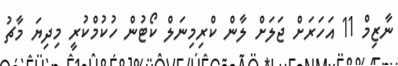
ނާޒިމް 11 އަހަރަށް ޖަލަށް ލާން ކްރިމިނަލް ކޯޓުން ހުކުމްކުރީ މިދިޔަ މާޗު